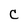
Character: C